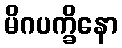
မိဂပက္ခိနော